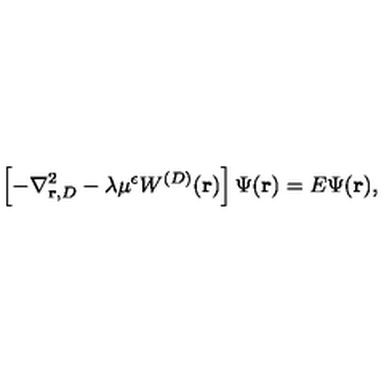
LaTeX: \left[ - \nabla _ { { \bf r } , { D } } ^ { 2 } - \lambda \mu ^ { \epsilon } W ^ { ( { D } ) } ( { \bf r } ) \right] \Psi ( { \bf r } ) = E \Psi ( { \bf r } ) ,